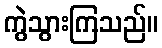
ကွဲသွားကြသည်။